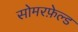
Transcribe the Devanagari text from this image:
सोमरफ़ेल्ड